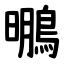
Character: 䳟